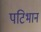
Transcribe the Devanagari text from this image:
पटिभान